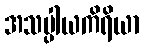
အသပ္ပါယကိရိယာ